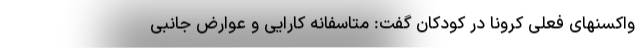
واکسنهای فعلی کرونا در کودکان گفت: متاسفانه کارایی و عوارض جانبی